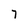
Character: 7